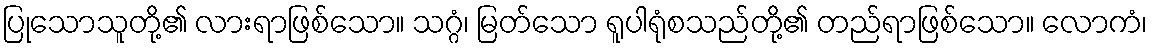
ပြုသောသူတို့၏ လားရာဖြစ်သော။ သဂ္ဂံ၊ မြတ်သော ရူပါရုံစသည်တို့၏ တည်ရာဖြစ်သော။ လောကံ၊